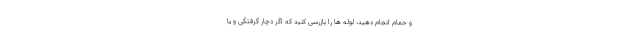
و حمام انجام دهید، لوله ها را بازرسی کنید که اگر دچار گرفتگی و یا